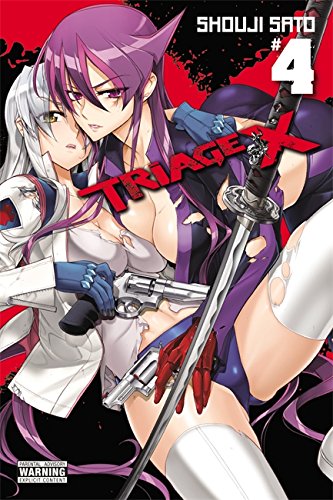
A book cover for Triage X, Vol. 4; Comics & Graphic Novels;